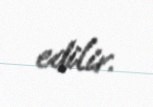
edilir.